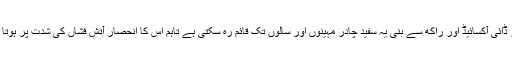
سلفر ڈائی آکسائیڈ اور راکھ سے بنی یہ سفید چادر مہینوں اور سالوں تک قائم رہ سکتی ہے تاہم اس کا انحصار آتش فشاں کی شدت پر ہوتا ہے۔